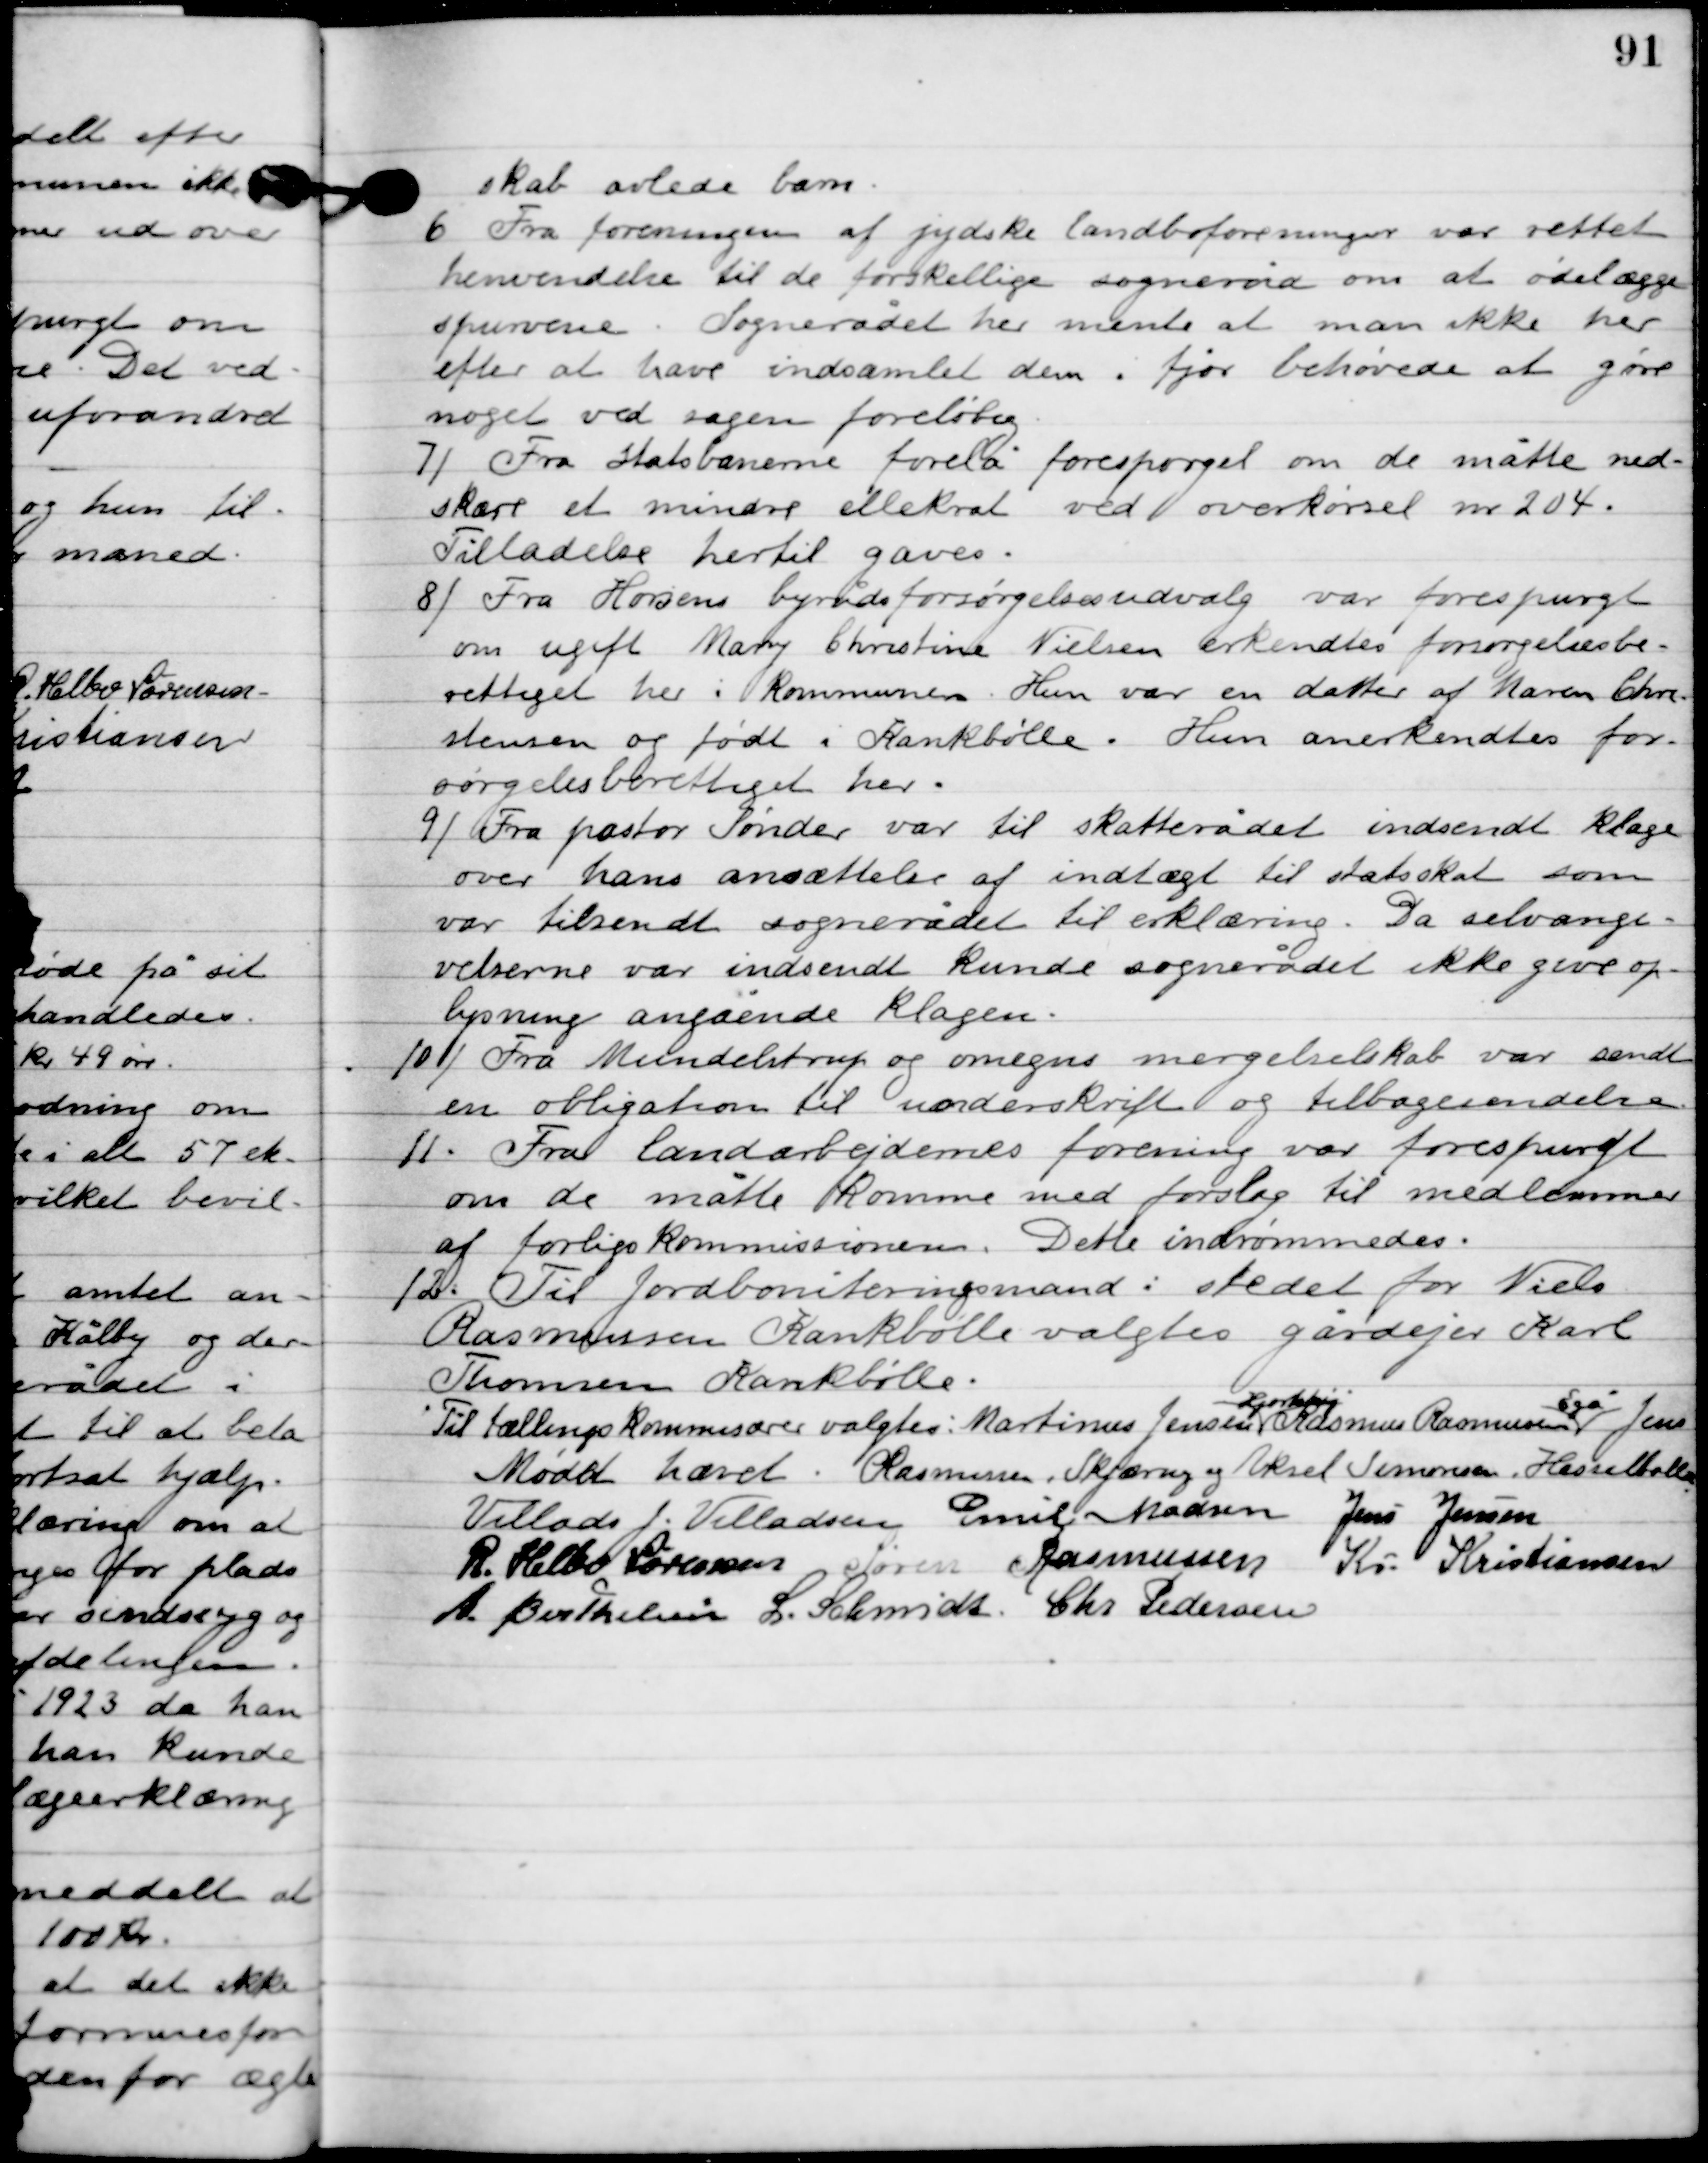
Transskription:
skab avlede barn.

6

Fra foreningen af jydske landboforeninger var rettet
henvendelse til de forskellige sogneråd om at ødelægge
 spurvene. Sognerådet her mente at man ikke her
 efter at have indsamlet dem i fjor behøvede at gøre
noget ved sagen foreløbig.

7

Fra statsbanerne forelå forespørgsel om de måtte ned-
skære et mindre ellekrat ved overkørsel nr. 204.
Tilladelse hertil gaves.

8

Fra Horsens byrådsforsørgelsesudvalg var forespurgt
om ugift Mary Christine Nielsen erkendtes forsørgelsesbe-
rettiget her i kommunen. Hun var en datter af Maren Chris-
tensen og født i Krankbølle. Hun anerkendtes for-
sørgelsesberettiget her.

9

Fra pastor Sønder var til skatterådet indsendt klage
over hans ansættelse af indtægt til statskat som
var tilsendt sognerådet til erklæring. Da selvangi-
velserne var indsendt kunde sognerådet ikke give op-
lysning angående klagen.

10

Fra Mundelstrup og omegns mergelselskab var sendt
en obligation til underskrift og tilbagesendelse.

11

Fra landarbejdernes forening var forespurgt
om de måtte komme med forslag til medlemmer
af forligs kommissionen. Dette indrømmedes.

12

Til jordboniteringsmand i stedet for Niels
Rasmussen Krankbølle valgtes gårdejer Karl
Thomsen Krankbølle.
Til tællings kommissær valgtes Martinus Jensen
Hjortshøj
, Rasmus Rasmussen
Egå
, Jens
Rasmussen, Skjæring og Aksel Simonsen, Hesselballe.

Mødet hævet.

Villads J. Villadsen
Emil Madsen
Jens Jensen
R. Helbo Sørensen
Søren Rasmussen
Kr. Kristiansen
A. Berthelsen
L. Schmidt
Chr. Pedersen